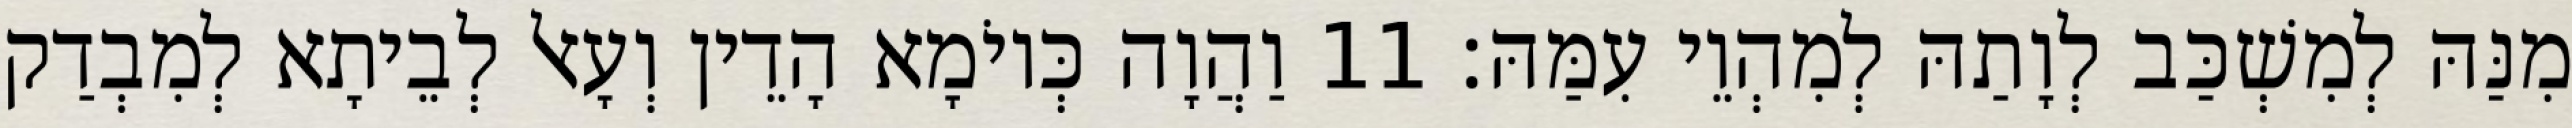
מִנַּהּ לְמִשְׁכַּב לְוָתַהּ לְמִהְוֵי עִמַּהּ׃ 11 וַהֲוָה כְּיוֹמָא הָדֵין וְעָאל לְבֵיתָא לְמִבְדַק